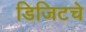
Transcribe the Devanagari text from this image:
डिजिटचे